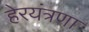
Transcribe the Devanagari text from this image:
हेरयंत्रणा